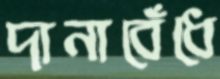
দানাবেঁধে